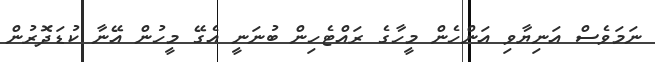
ނަމަވެސް އަނިޔާވި އަންހެން މީހާގެ ރައްޓެހިން ބުނަނީ އެގޭ މީހުން އޭނާ ކުޑަދޮރުން